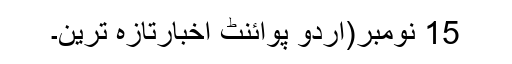
15 نومبر(اُردو پوائنٹ اخبارتازہ ترین۔